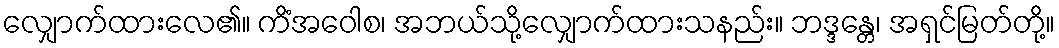
လျှောက်ထားလေ၏။ ကိံအဝေါစ၊ အဘယ်သို့လျှောက်ထားသနည်း။ ဘဒ္ဒန္တေ၊ အရှင်မြတ်တို့။